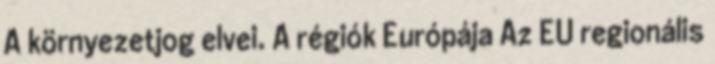
A környezetjog elvei. A régiók Európája Az EU regionális